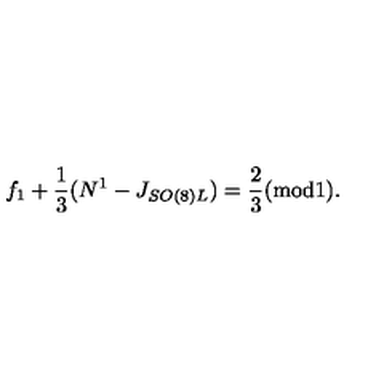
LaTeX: f _ { 1 } + { \frac { 1 } { 3 } } ( N ^ { 1 } - J _ { S O ( 8 ) L } ) = { \frac { 2 } { 3 } } ( \mathrm { m o d 1 } ) .